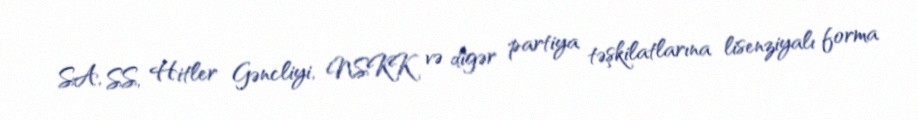
SA, SS, Hitler Gəncliyi, NSKK və digər partiya təşkilatlarına lisenziyalı forma